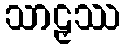
သာဠှဿ